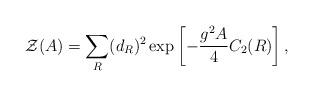
LaTeX: \begin{align*}{\cal Z}(A)=\sum_{R} (d_{R})^2 \exp\left[-{{g^2 A}\over 4}C_2(R)\right],\end{align*}